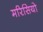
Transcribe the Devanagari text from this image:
मरिसियो